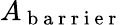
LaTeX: A_{\mathrm{~b~a~r~r~i~e~r~}}